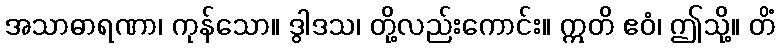
အသာဓာရဏာ၊ ကုန်သော။ ဒွါဒသ၊ တို့လည်းကောင်း။ ဣတိ ဧဝံ၊ ဤသို့။ တိံ